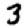
Digit: 3